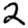
Digit: 2